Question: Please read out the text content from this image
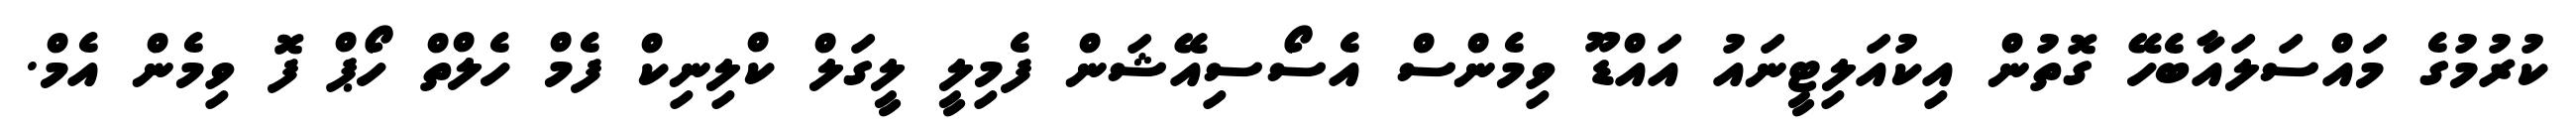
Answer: ކުރުމުގެ މައްސަލައާބެހޭ ގޮތުން އިކުއަލިޓީނައު އައްޑޫ ވިމެންސް އެސޯސިއޭޝަން ފެމިލީ ލީގަލް ކްލިނިކް ފެމް ހެލްތް ހޯޕް ފޮ ވިމެން އެމް.